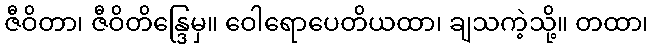
ဇီဝိတာ၊ ဇီဝိတိန္ဒြေမှ။ ဝေါရောပေတိယထာ၊ ချသကဲ့သို့။ တထာ၊